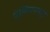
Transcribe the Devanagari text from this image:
पेलिंगपासून